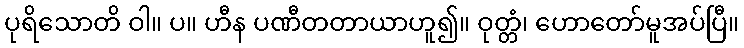
ပုရိသောတိ ဝါ။ ပ။ ဟီန ပဏီတတာယာဟူ၍။ ဝုတ္တံ၊ ဟောတော်မူအပ်ပြီ။